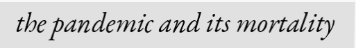
the pandemic and its mortality